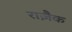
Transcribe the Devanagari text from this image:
राज़ैक